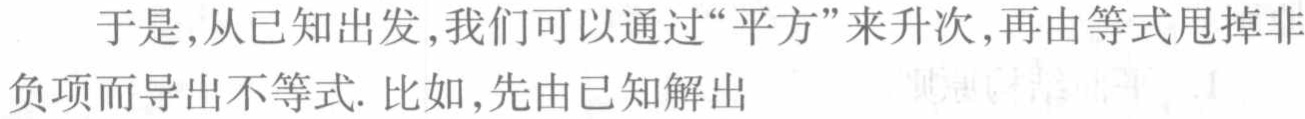
于是，从已知出发，我们可以通过“平方”来升次，再由等式甩掉非负项而导出不等式. 比如，先由已知解出